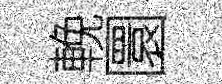
輓圜